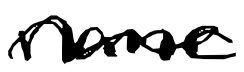
Text: name
Cross-out: wave
Writing tool: digital_black